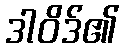
ဒါဝိဒ်၏